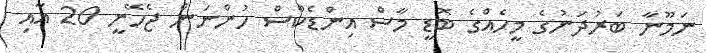
ނަމޫނާ ބަރުދަނުގެ މީހެއްގެ ބޮޑީ މާސް އިންޑެކްސް ހުންނަން ޖެހޭނީ 20 އާއި